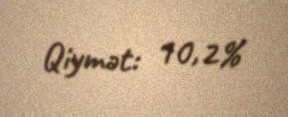
Qiymət: 10,2%